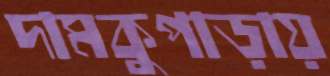
দামকুপাড়ায়